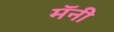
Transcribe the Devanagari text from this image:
मॅनी